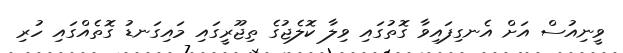
ވީނިއުސް އަށް އެނގިފައިވާ ގޮތުގައި ވިލާ ކޮލެޖުގެ ތިޖޫރީގައި މައިގަނޑު ގޮތެއްގައި ހުރި